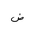
Letter: _dad